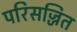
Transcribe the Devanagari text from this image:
परिसज्जित